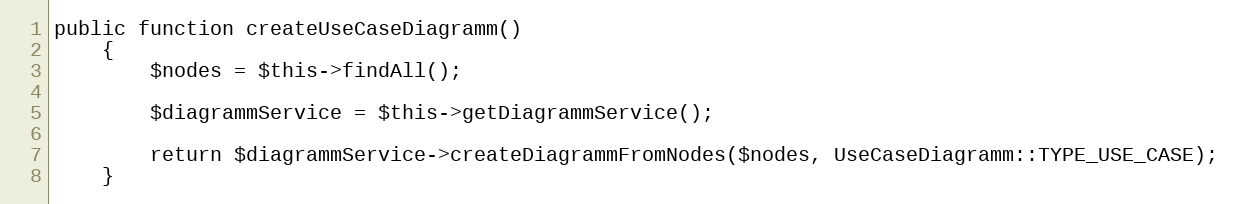
Language: PHP
public function createUseCaseDiagramm()
    {
        $nodes = $this->findAll();

        $diagrammService = $this->getDiagrammService();

        return $diagrammService->createDiagrammFromNodes($nodes, UseCaseDiagramm::TYPE_USE_CASE);
    }